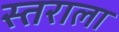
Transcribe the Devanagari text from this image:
स्तराला